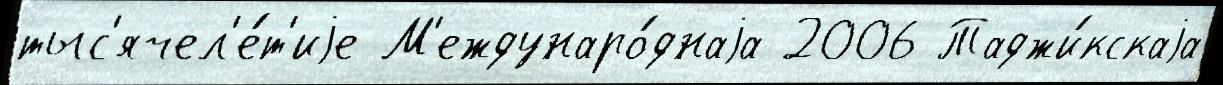
тыс'ячел'е́т'иjе М'еждунаро́днаjа 2006 Таджи́кскаjа